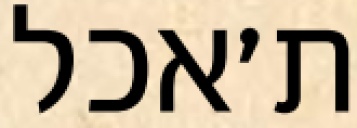
ת׳אכל